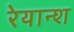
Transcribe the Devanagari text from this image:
रेयान्श